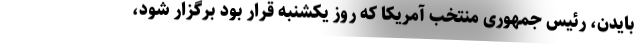
بایدن، رئیس جمهوری منتخب آمریکا که روز یکشنبه قرار بود برگزار شود،